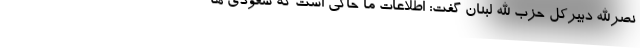
نصرالله دبیرکل حزب الله لبنان گفت: اطلاعات ما حاکی است که سعودی ها